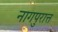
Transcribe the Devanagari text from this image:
नागपुरात्त